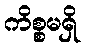
ကိစ္စမရှိ